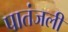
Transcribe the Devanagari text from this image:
पातंजली